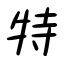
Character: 特